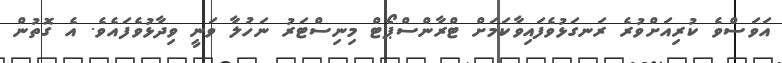
އަވަސްވެ ކުރިއަށްވުރެ ރަނގަޅުވެފައިވާކަމަށް ޓްރާންސްޕޯޓް މިނިސްޓަރު ނަހުލާ ވަނީ ވިދާޅުވެފައެވެ. އެ ގޮތުން